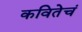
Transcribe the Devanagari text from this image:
कवितेचं